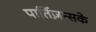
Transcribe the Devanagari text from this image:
पार्तिज़न्सके